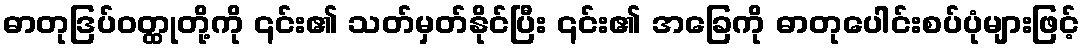
ဓာတုဒြပ်ဝတ္ထုတို့ကို ၎င်း၏ သတ်မှတ်နိုင်ပြီး ၎င်း၏ အခြေကို ဓာတုပေါင်းစပ်ပုံများဖြင့်